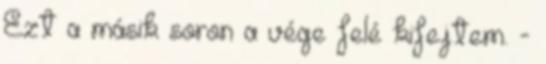
Ezt a másik soron a vége felé kifejtem. -